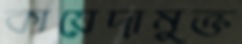
কায়েদামুক্ত